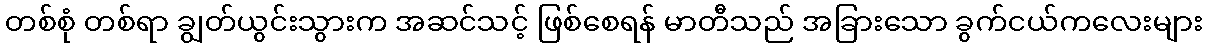
တစ်စုံ တစ်ရာ ချွတ်ယွင်းသွားက အဆင်သင့် ဖြစ်စေရန် မာတီသည် အခြားသော ခွက်ငယ်ကလေးများ